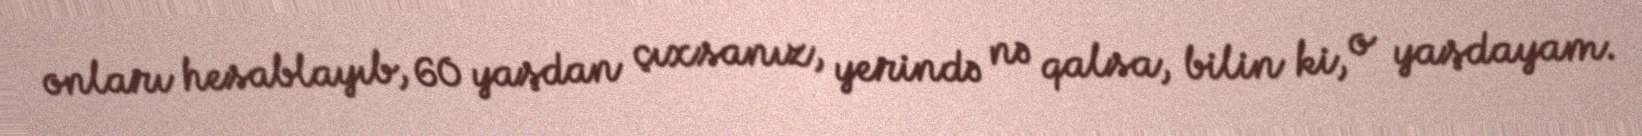
onları hesablayıb, 60 yaşdan çıxsanız, yerində nə qalsa, bilin ki, o yaşdayam.